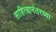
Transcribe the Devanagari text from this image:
साहित्यानंतरच्या